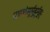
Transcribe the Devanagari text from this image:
प्रशशंसुर्मुहुर्मुहुः